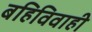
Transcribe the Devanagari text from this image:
बहिविवाही